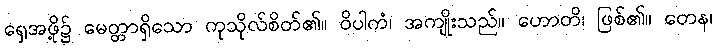
ရှေအဖို့၌ မေတ္တာရှိသော ကုသိုလ်စိတ်၏။ ဝိပါကံ၊ အကျိုးသည်။ ဟောတိ၊ ဖြစ်၏။ တေန၊